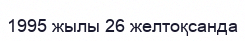
1995 жылы 26 желтоқсанда